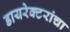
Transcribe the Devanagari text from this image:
डायरेक्टरांचा